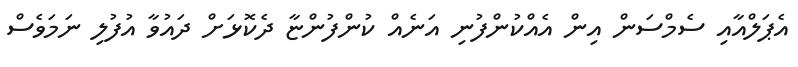
އެޕަލްއާއި ސެމްސަން އިން އެއްކުންފުނި އަނެއް ކުންފުންޏާ ދެކޮޅަށް ދައުވާ އުފުލި ނަމަވެސް